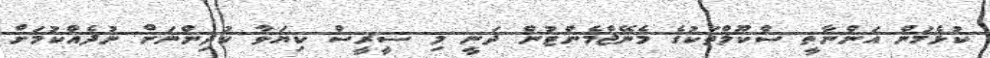
ކުޅެމުން އަންނާތީ ސްކޫލްތަކުގެ މެނޭޖްމެންޓުން ދަނީ މި ސީރީސް ކިޔަވާ ކުދިންނަށް ނުދެއްކުމަށް